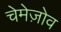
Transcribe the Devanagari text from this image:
चेमेज़ोव